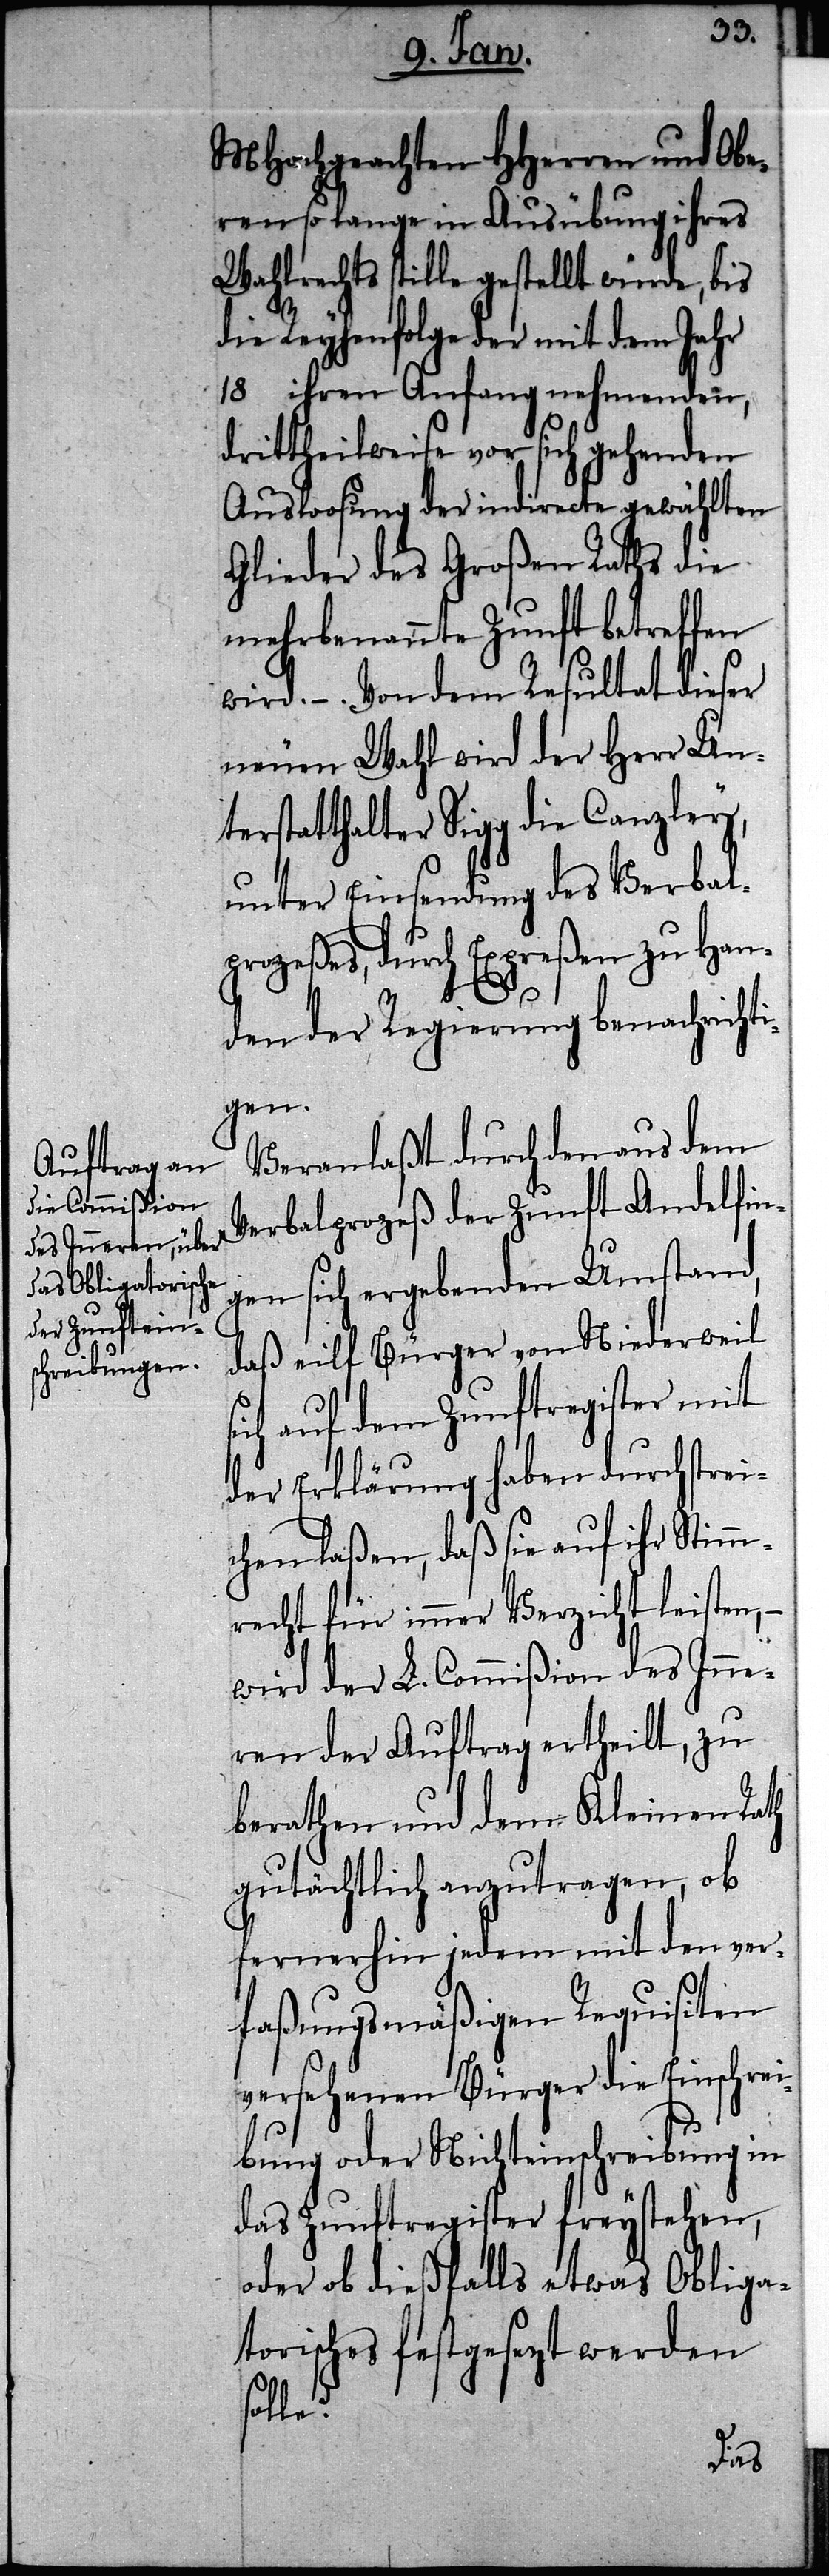
MHochgeachten HHerren und Obe¬
ren so lange in Ausübung ihres
Wahlrechts stille gestellt würde, bis
die Reyhenfolge der mit dem Jahr
18… ihren Anfang nehmenden,
drittheilweise vor sich gehenden
Ausloosung der indirecte gewählten
Glieder des Großen Raths die
mehrbenannte Zunft betreffen
wird. –. Von dem Resultat dieser
neuen Wahl wird der Herr Un¬
terstatthalter Sigg die Canzley,
unter Einsendung des Verbal¬
prozeßes, durch Expreßen zu Han¬
den der Regierung benachrichti¬
gen.
Veranlaßt durch den aus dem
Verbalprozeß der Zunft Andelfin¬
gen sich ergebenden Umstand,
daß eilf Bürger von Niederweil
sich auf dem Zunftregister mit
der Erklärung haben durchstrei¬
chen laßen, daß sie auf ihr Stimm¬
recht für immer Verzicht leisten,
wird der L. Commißion des Inne¬
ren der Auftrag ertheilt, zu
berathen und dem Kleinen Rath
gutächtlich anzutragen, ob
fernerhin jedem mit den ver¬
faßungsmäßigen Requisiten
versehenen Bürger die Einschrei¬
bung oder Nichteinschreibung in
das Zunftregister freystehen,
oder ob dießfalls etwas Obliga¬
torisches festgesezt werden